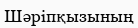
Шәріпқызының